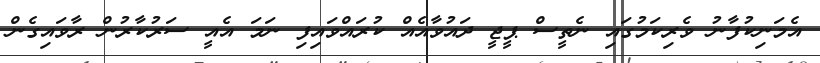
އެމަނިކުފާނު ވެރިކަމުގައި ނެތީސް ޕީޖީ ދައުވާއެއް ކުރައްވައިފި ނަމަ އެއީ ސަރުކާރުން ރާވައިގެން